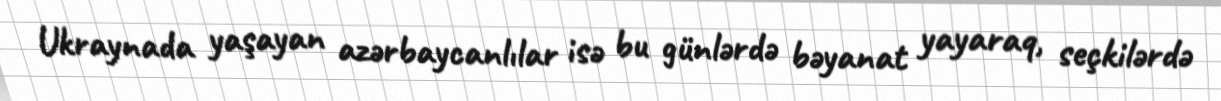
Ukraynada yaşayan azərbaycanlılar isə bu günlərdə bəyanat yayaraq, seçkilərdə